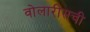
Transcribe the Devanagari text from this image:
वोलारीसची